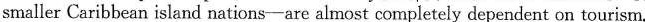
smaller Caribbean island nations-are almost completely dependent on tourism.